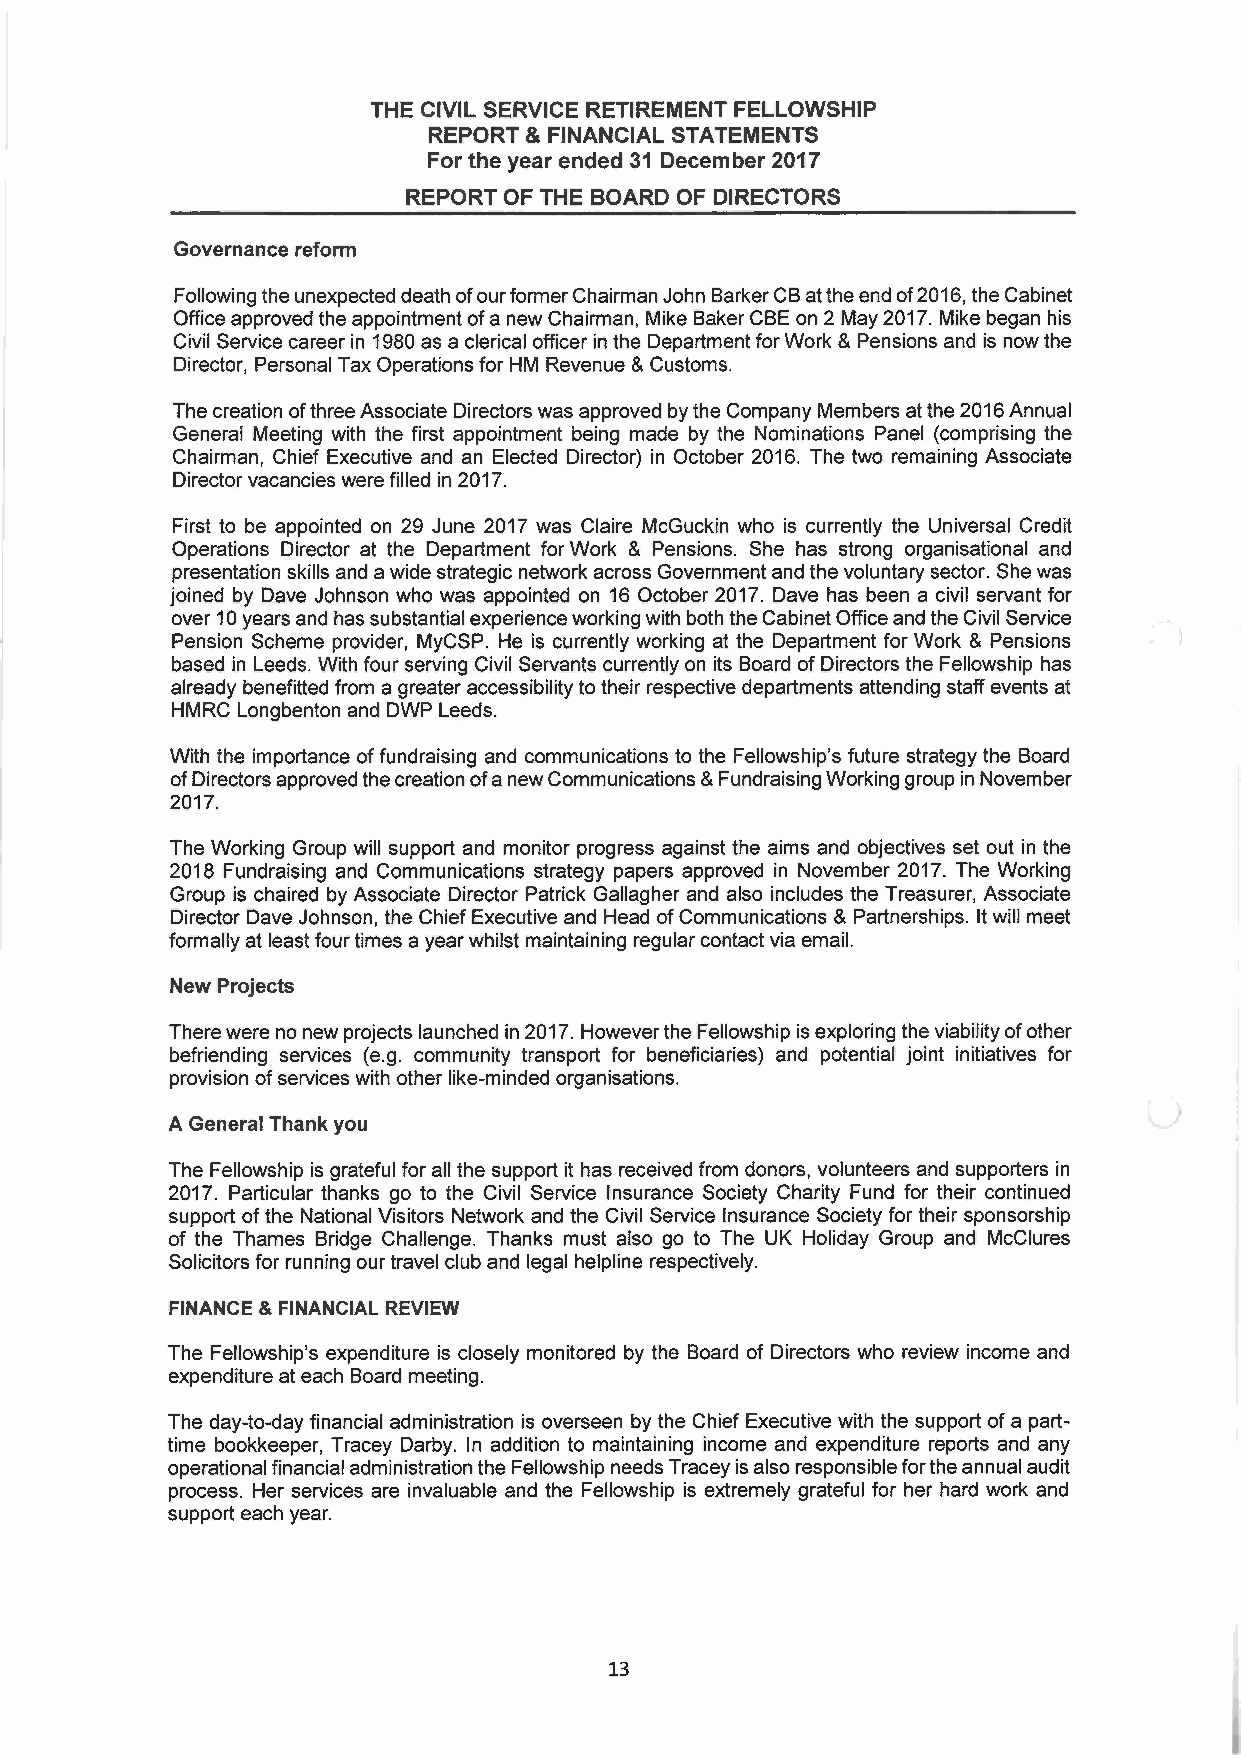
THE CIVIL SERVICE RETIREMENT FELLOWSHIP
 REPORT 8~ FINANCIAL STATEMENTS
 For the year ended 31 December 2017
 REPORT OF THE BOARD OF DIRECTORS
 Governance reform
 Following the unexpected death of our former Chairman John Barker CB at the end of 2016, the Cabinet
 Office approved the appointment of a new Chairman, Mike Baker CBE on 2 May 2017. Mike began his
 Civil Service career in 1980 as a clerical officer in the Department for Work &Pensions and is now the
 Director, Personal Tax Operations for HM Revenue &Customs.
 The creation of three Associate Directors was approved by the Company Members at the 2016 Annual
 General Meeting with the first appointment being made by the Nominations Panel (comprising the
 Chairman, Chief Executive and an Elected Director) in October 2016. The two remaining Associate
 Director vacancies were filled in 2017.
 First to be appointed on 29 June 2017 was Claire McGuckin who is currently the Universal Credit
 Operations Director at the Department for Work &Pensions. She has strong organisational and
 presentation skills and a wide strategic network across Government and the voluntary sector. She was
 joined by Dave Johnson who was appointed on 16 October 2017. Dave has been a civil servant for
 over 10 years and has substantial experience working with both the Cabinet Office and the Civil Service
 Pension Scheme provider, MyCSP. He is currently working at the Department for Work &Pensions
 based in Leeds. With four serving Civil Servants currently on its Board of Directors the Fellowship has
 already benefitted from a greater accessibility to their respective departments attending staff events at
 HMRC Longbenton and DWP Leeds.
 With the importance of fundraising and communications to the Fellowship's future strategy the Board
 of Directors approved the creation of a new Communications &Fundraising Working group in November
 2017.
 The Working Group will support and monitor progress against the aims and objectives set out in the
 2018 Fundraising and Communications strategy papers approved in November 2017. The Working
 Group is chaired by Associate Director Patrick Gallagher and also includes the Treasurer, Associate
 Director Dave Johnson, the Chief Executive and Head of Communications &Partnerships. It will meet
 formally at least four times a year whilst maintaining regular contact via email.
 New Projects
 There were no new projects launched in 2017. However the Fellowship is exploring the viability of other
 befriending services (e.g. community transport for beneficiaries) and potential joint initiatives for
 provision of services with other like-minded organisations.
 A General Thank you
 The Fellowship is grateful for all the support it has received from donors, volunteers and supporters in
 2017. Particular thanks go to the Civil Service Insurance Society Charity Fund for their continued
 support of the National Visitors Network and the Civil Service Insurance Society for their sponsorship
 of the Thames Bridge Challenge. Thanks must also go to The UK Holiday Group and McClures
 Solicitors for running our travel club and legal helpline respectively.
 FINANCE 8 FINANCIAL REVIEW
 The Fellowship's expenditure is closely monitored by the Board of Directors who review income and
 expenditure at each Board meeting.
 The day-to-day financial administration is overseen by the Chief Executive with the support of a part-
 time bookkeeper, Tracey Darby. In addition to maintaining income and expenditure reports and any
 operational financial administration the Fellowship needs Tracey is also responsible for the annual audit
 process. Her services are invaluable and the Fellowship is extremely grateful for her hard work and
 support each year.
 13